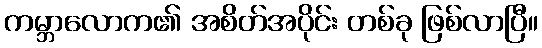
ကမ္ဘာလောက၏ အစိတ်အပိုင်း တစ်ခု ဖြစ်လာပြီ။